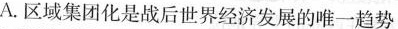
A.区域集团化是战后世界经济发展的唯一趋势